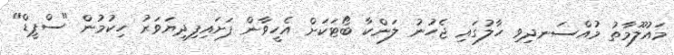
މައުލޫމާތު މުއްސަނދިވި ހާލުގައި ޖެހުނު ލަންކާ ބޯޓަކަށް އެހީވާން ފަށައިފިދިޔަވަރު ހިކުމުން "ސްޕީޑް"